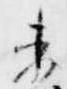
束